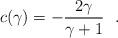
\begin{align*}c(\gamma )=-{2\gamma\over \gamma+1}~~.\end{align*}